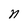
Character: n